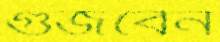
গুঁজবেন